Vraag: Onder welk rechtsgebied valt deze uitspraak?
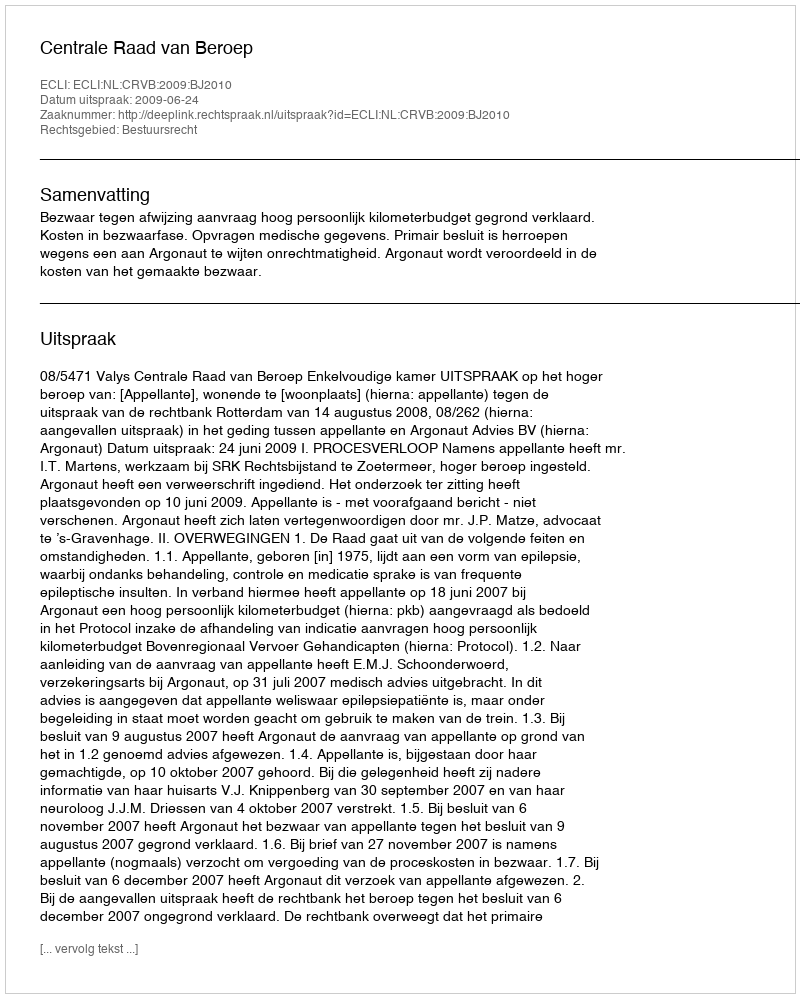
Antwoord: Bestuursrecht